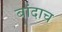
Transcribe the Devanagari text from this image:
बांदाच